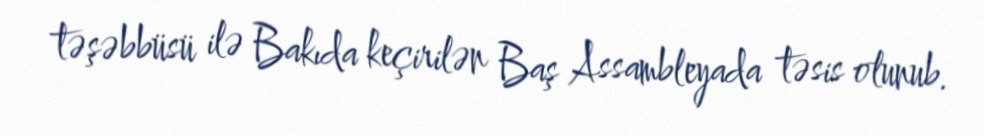
təşəbbüsü ilə Bakıda keçirilən Baş Assambleyada təsis olunub.